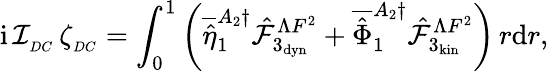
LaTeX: \mathrm{i}\, \mathcal{I}_{_{DC}}\, \zeta_{_{DC}}=\int_{0}^{1}\left(\overline{{\hat{\eta}}}_{1}^{A_{2}\dagger}\hat{\mathcal{F}}_{3_{\mathrm{dyn}}}^{\Lambda F^{2}}+\overline{{\hat{\Phi}}}_{1}^{A_{2}\dagger}\hat{\mathcal{F}}_{3_{\mathrm{kin}}}^{\Lambda F^{2}}\right)\, r\mathrm{d}r,